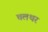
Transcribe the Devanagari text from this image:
चलथर